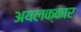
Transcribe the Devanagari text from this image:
अयलक्कार